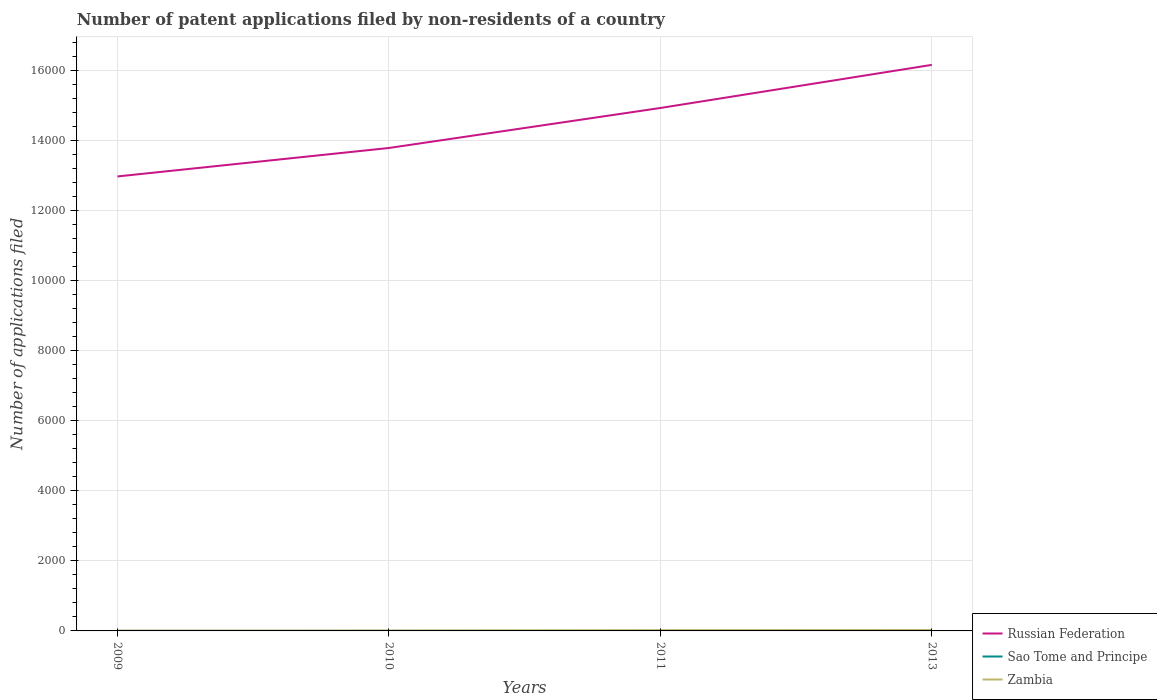
| Years | Russian Federation | Sao Tome and Principe | Zambia |
 | --- | --- | --- | --- |
 | 2009 | 1.3e+04 | 1 | 9 |
 | 2010 | 1.38e+04 | 1 | 12 |
 | 2011 | 1.49e+04 | 2 | 21 |
 | 2013 | 1.61e+04 | 8 | 26 |